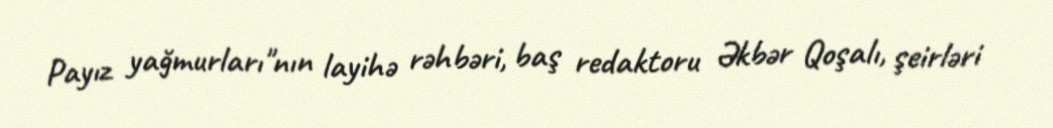
Payız yağmurları"nın layihə rəhbəri, baş redaktoru Əkbər Qoşalı, şeirləri